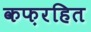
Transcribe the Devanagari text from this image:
कफ़रहित